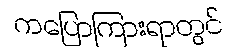
ကပြောကြားရာတွင်